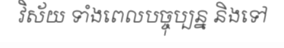
វិស័យ ទាំងពេលបច្ចុប្បន្ន និងទៅ